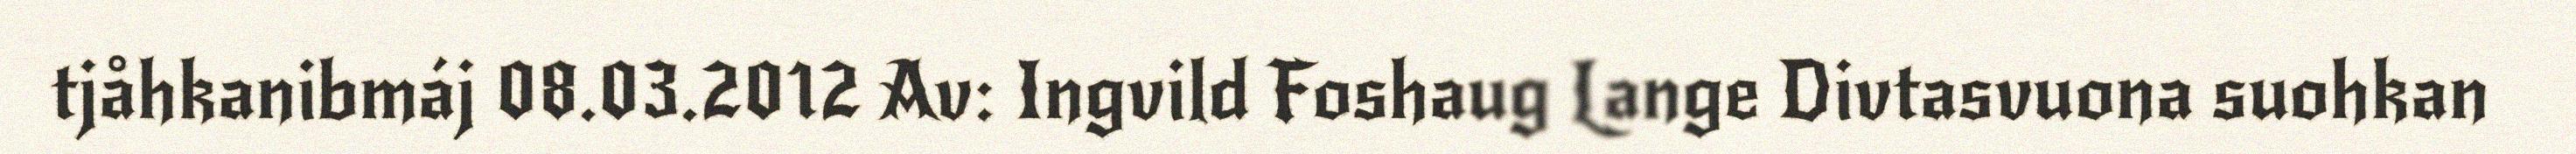
tjåhkanibmáj 08.03.2012 Av: Ingvild Foshaug Lange Divtasvuona suohkan